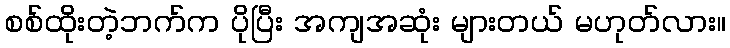
စစ်ထိုးတဲ့ဘက်က ပိုပြီး အကျအဆုံး များတယ် မဟုတ်လား။